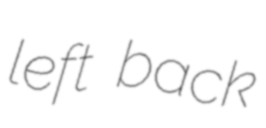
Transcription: left back